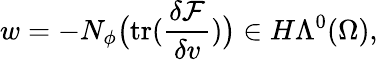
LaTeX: w=-N_{\phi}\big(\mathrm{tr}(\frac{\delta\mathcal{F}}{\delta v})\big)\in H\Lambda^{0}(\Omega),